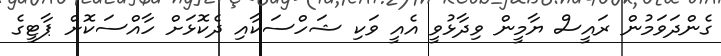
ގެންދަވަމުން ރައީސް ޔާމީން ވިދާޅުވީ އެއީ ވަކި ޝަހްސަކާއި ދެކޮޅަށް ހާއްސަކޮށް ޕާޓީގެ